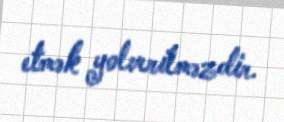
etmək yolverilməzdir.